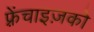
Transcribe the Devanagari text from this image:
फ़्रेंचाइज़को